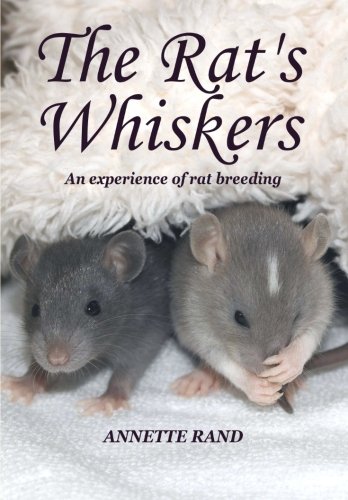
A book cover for The Rat's Whiskers: An experience of rat breeding; Annette Rand; Crafts, Hobbies & Home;